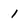
Character: 1